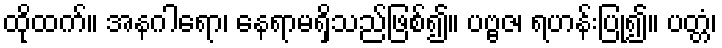
ထိုထက်။ အနဂါရော၊ နေရာမရှိသည်ဖြစ်၍။ ပဗ္ဗဇ၊ ရဟန်းပြု၍။ ပတ္တံ၊